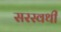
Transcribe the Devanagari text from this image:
सरस्वथी